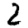
Digit: 2